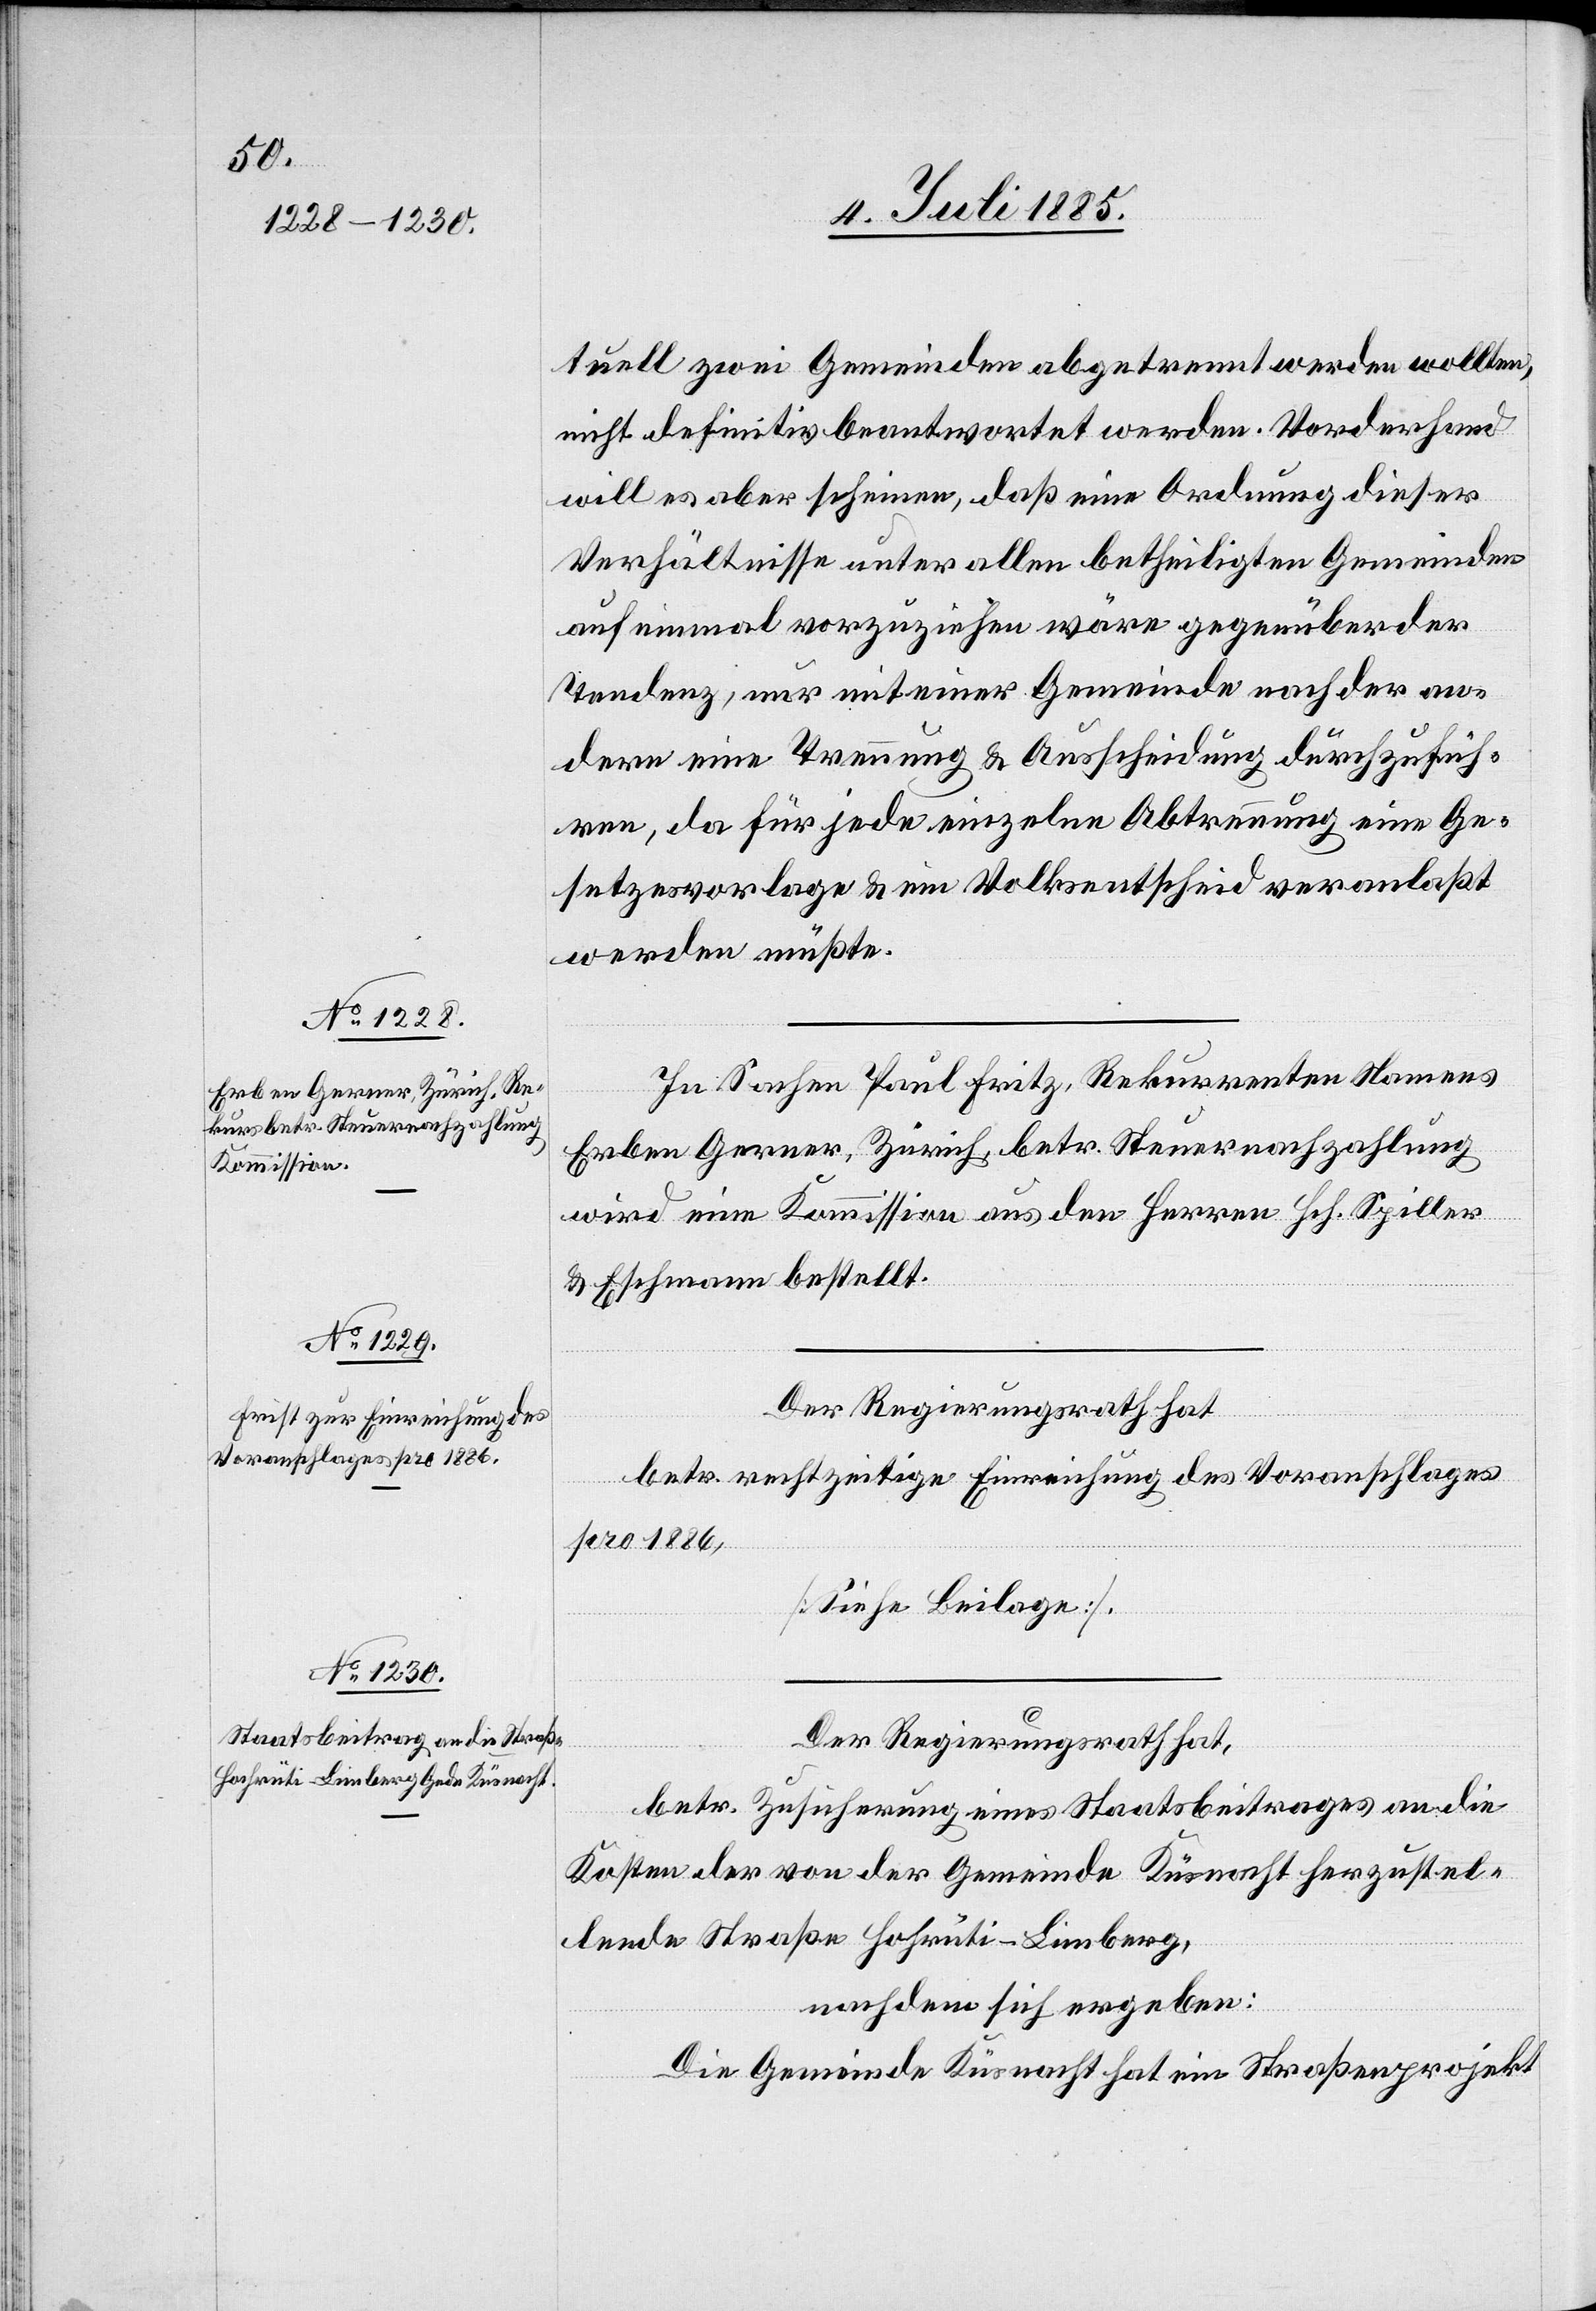
tuell zwei Gemeinden abgetrennt werden wollten,
nicht definitiv beantwortet werden. Vorderhand
will es aber scheinen, daß eine Ordnung dieser
Verhältnisse unter allen betheiligten Gemeinden
auf einmal vorzuziehen wäre gegenüber der
Tendenz, nur mit einer Gemeinde nach der an¬
dern eine Trennung & Ausscheidung durchzufüh¬
ren, da für jede einzelne Abtrennung eine Ge¬
setzesvorlage & ein Volksentschied veranlaßt
werden müßte.
In Sachen Paul Fritz, Rekurrenten Namens
Erben Gerner, Zürich, betr. Steuernachzahlung
wird eine Kommission aus den Herren Hch. Spiller
& Eschmann bestellt.
Der Regierungsrath hat,
betr. Zusicherung eines Staatsbeitrages an die
Kosten der von der Gemeinde Küsnacht herzustel¬
lende Straße Hochrüti–Limberg,
nachdem sich ergeben:
Die Gemeinde Küsnacht hat ein Straßenprojekt